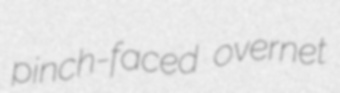
pinch-faced overnet